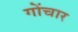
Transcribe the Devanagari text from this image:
गोंचार